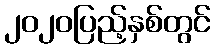
၂၀၂၀ပြည့်နှစ်တွင်